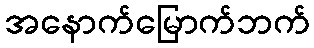
အနောက်မြောက်ဘက်